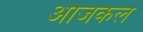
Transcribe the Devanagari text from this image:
अाजकल